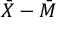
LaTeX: { \bar { X } } - { \bar { M } }